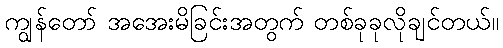
ကျွန်တော် အအေးမိခြင်းအတွက် တစ်ခုခုလိုချင်တယ်။